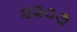
૨૨૦૭